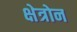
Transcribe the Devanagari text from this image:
क्षेत्रोन